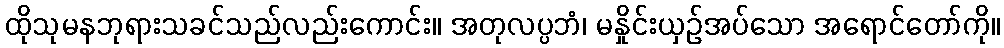
ထိုသုမနဘုရားသခင်သည်လည်းကောင်း။ အတုလပ္ပဘံ၊ မနှိုင်းယှဉ်အပ်သော အရောင်တော်ကို။